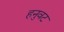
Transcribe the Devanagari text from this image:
हनुवट